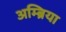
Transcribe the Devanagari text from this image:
अम्ब्रिया